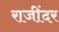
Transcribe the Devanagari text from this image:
राजींदर